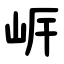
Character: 㟁